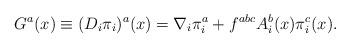
LaTeX: \begin{align*}G^a(x) \equiv (D_i \pi_i)^a(x) = \nabla_i \pi_i^a + f^{abc}A_i^b(x) \pi_i^c(x) .\end{align*}